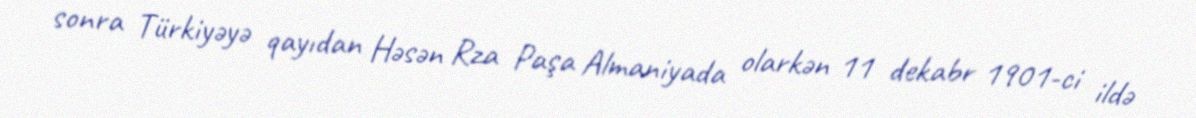
sonra Türkiyəyə qayıdan Həsən Rza Paşa Almaniyada olarkən 11 dekabr 1901-ci ildə